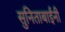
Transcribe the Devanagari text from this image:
सुनिताबाईंनी